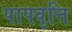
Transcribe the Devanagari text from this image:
पापवृत्ति